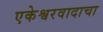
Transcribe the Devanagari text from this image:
एकेश्वरवादाचा